Vaccination report Assam 1896-1927 - 1896-1927
Year: 1896
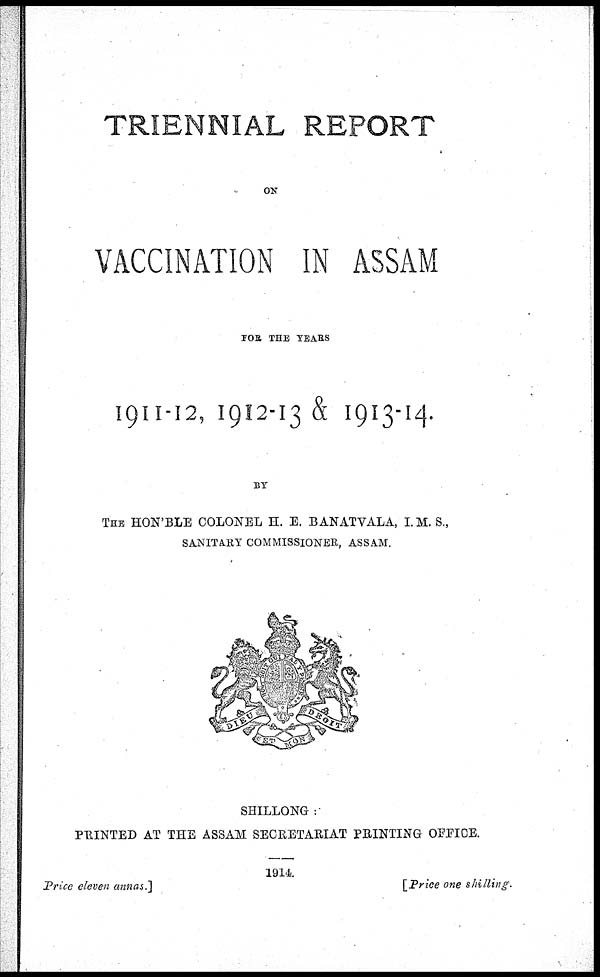
TRIENNIAL REPORT
ON
VACCINATION IN ASSAM
FOR THE YEARS
1911-12, 1912-13 & 1913-14.
BY
THE HON'BLE COLONEL H. E. BANATVALA, I.M. S.,
SANITARY COMMISSIONER, ASSAM.
SHILLONG :
PRINTED AT THE ASSAM SECRETARIAT PRINTING OFFICE.
1914
Price eleven annas.]
[Price one shilling.